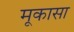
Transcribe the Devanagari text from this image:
मूकासा